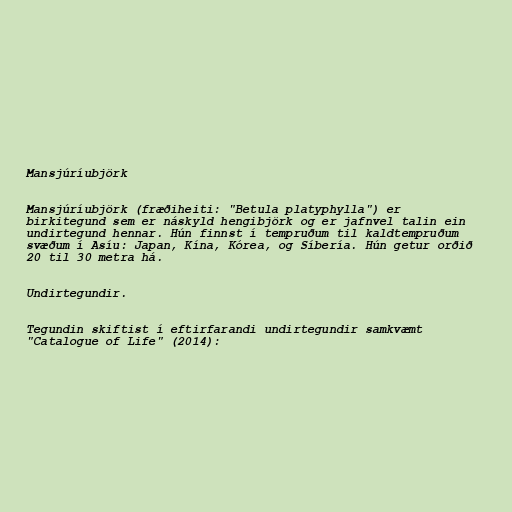
Mansjúríubjörk

Mansjúríubjörk (fræðiheiti: "Betula platyphylla") er
birkitegund sem er náskyld hengibjörk og er jafnvel talin ein
undirtegund hennar. Hún finnst í tempruðum til kaldtempruðum
svæðum í Asíu: Japan, Kína, Kórea, og Síbería. Hún getur orðið
20 til 30 metra há.

Undirtegundir.

Tegundin skiftist í eftirfarandi undirtegundir samkvæmt
"Catalogue of Life" (2014):